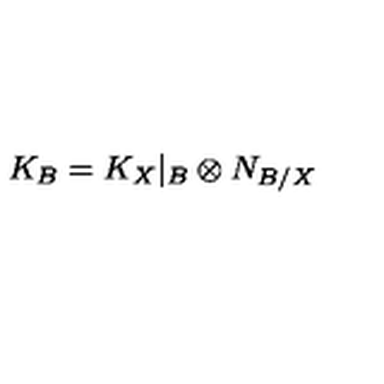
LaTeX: K _ { B } = K _ { X } | _ { B } \otimes N _ { B / X }